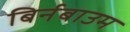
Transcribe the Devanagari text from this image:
बिर्नबाउम